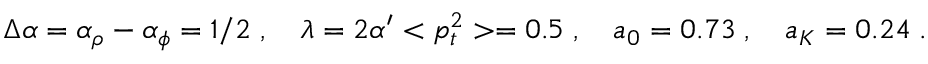
\Delta \alpha = \alpha _ { \rho } - \alpha _ { \phi } = 1 / 2 \; , ~ ~ ~ \lambda = 2 \alpha ^ { \prime } < p _ { t } ^ { 2 } > = 0 . 5 \; , ~ ~ ~ a _ { 0 } = 0 . 7 3 \; , ~ ~ ~ a _ { K } = 0 . 2 4 \; .